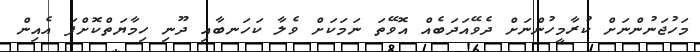
މަހުޖަނުންނަށް ކުރާމީހުންނަށް ދެވޭއަދަބެއް އޮވޭތަ ނަމަކަށް ވެލާ ކަހަނބާއި ދޫނި ހިމާޔަތްކޮށްފަ އެއިން